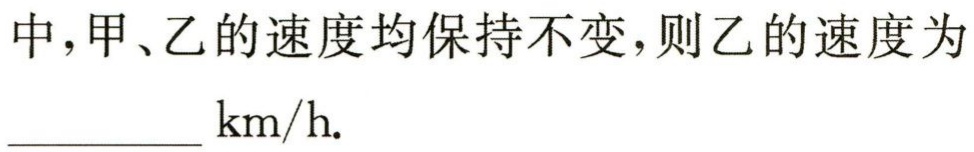
中，甲、乙的速度均保持不变，则乙的速度为__________ $\mathrm{km/h}$.